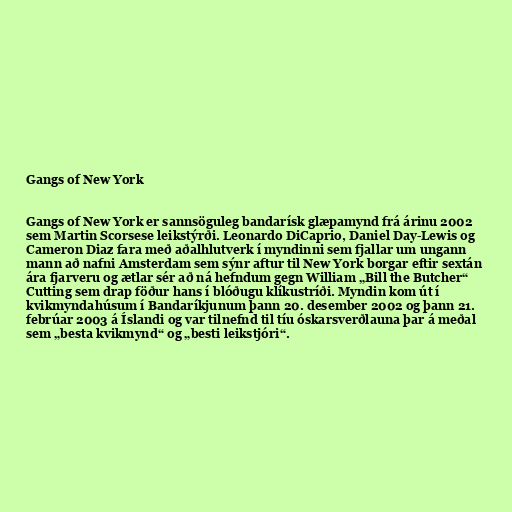
Gangs of New York

Gangs of New York er sannsöguleg bandarísk glæpamynd frá árinu 2002
sem Martin Scorsese leikstýrði. Leonardo DiCaprio, Daniel Day-Lewis og
Cameron Diaz fara með aðalhlutverk í myndinni sem fjallar um ungann
mann að nafni Amsterdam sem sýnr aftur til New York borgar eftir sextán
ára fjarveru og ætlar sér að ná hefndum gegn William „Bill the Butcher“
Cutting sem drap föður hans í blóðugu klíkustríði. Myndin kom út í
kvikmyndahúsum í Bandaríkjunum þann 20. desember 2002 og þann 21.
febrúar 2003 á Íslandi og var tilnefnd til tíu óskarsverðlauna þar á meðal
sem „besta kvikmynd“ og „besti leikstjóri“.